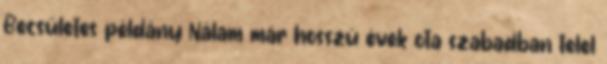
Becsületes példány Nálam már hosszú évek ota szabadban telel